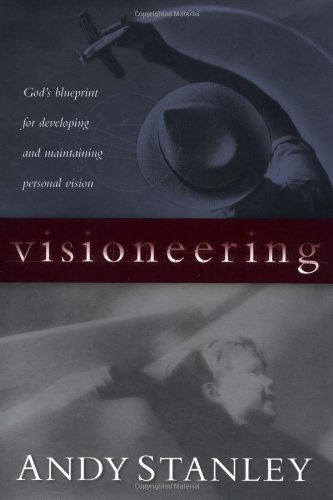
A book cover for Visioneering: God's Blueprint for Developing and Maintaining Personal Vision; Andy Stanley; Christian Books & Bibles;